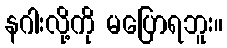
နဂါးလို့ကို မပြောရဘူး။